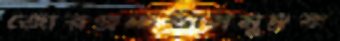
জোরপ্রচেষ্টাসমুদ্রক